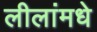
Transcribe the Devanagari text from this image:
लीलांमधे